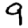
Digit: 9